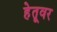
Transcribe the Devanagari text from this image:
हेतूवर